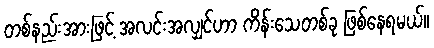
တစ်နည်းအားဖြင့် အလင်းအလျှင်ဟာ ကိန်းသေတစ်ခု ဖြစ်နေရမယ်။